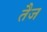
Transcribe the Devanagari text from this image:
तैज